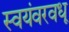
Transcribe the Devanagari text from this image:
स्वयंवरवधू